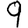
Digit: 9